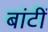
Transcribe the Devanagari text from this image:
बांटीं